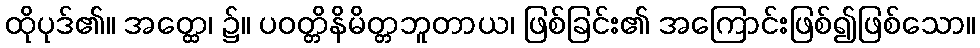
ထိုပုဒ်၏။ အတ္ထေ၊ ၌။ ပဝတ္တိနိမိတ္တဘူတာယ၊ ဖြစ်ခြင်း၏ အကြောင်းဖြစ်၍ဖြစ်သော။